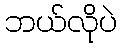
ဘယ်လိုပဲ